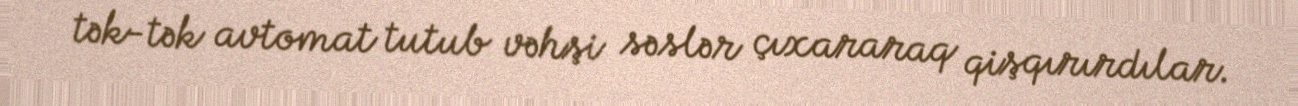
tək-tək avtomat tutub vəhşi səslər çıxararaq qişqırırdılar.